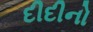
દીદીનો